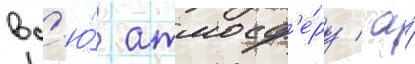
вс'ю́ атмосф'е́ру / а́